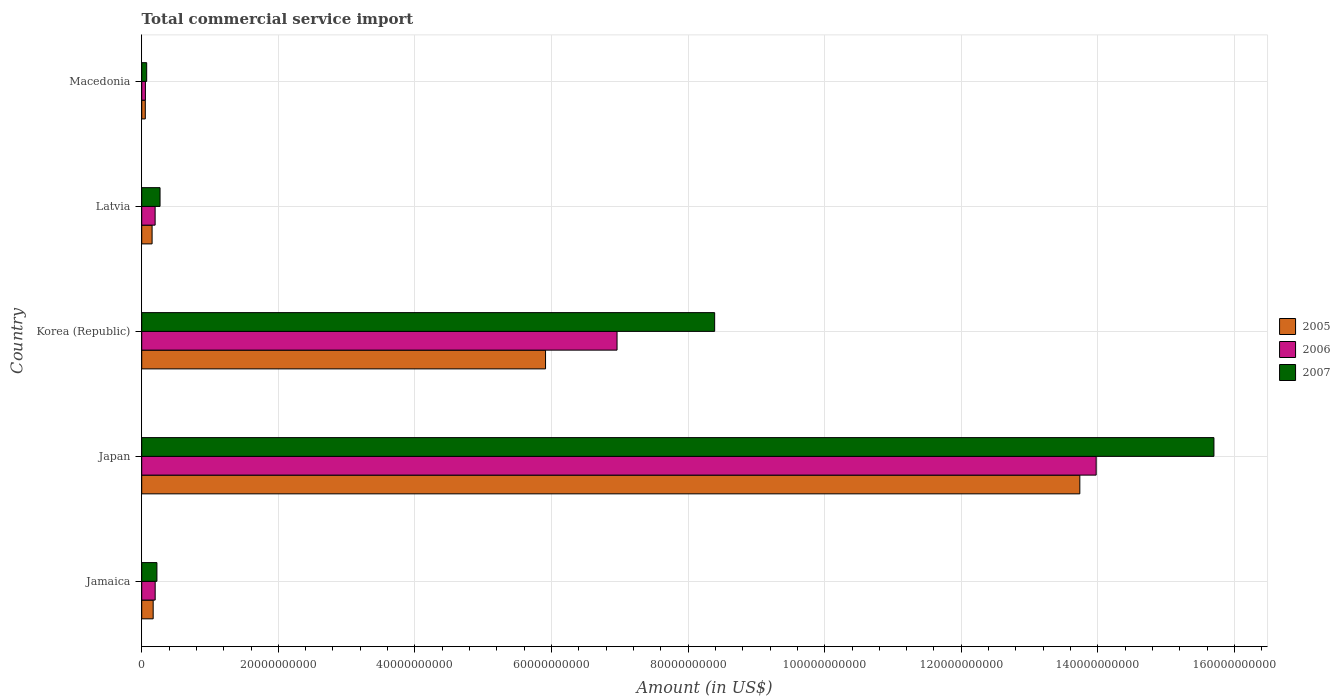
| Country | 2005 | 2006 | 2007 |
 | --- | --- | --- | --- |
 | Jamaica | 1.68e+09 | 1.97e+09 | 2.23e+09 |
 | Japan | 1.37e+11 | 1.4e+11 | 1.57e+11 |
 | Korea (Republic) | 5.91e+10 | 6.96e+10 | 8.39e+10 |
 | Latvia | 1.52e+09 | 1.96e+09 | 2.68e+09 |
 | Macedonia | 5.23e+08 | 5.38e+08 | 7.27e+08 |